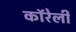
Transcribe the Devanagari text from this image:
कॉरेली